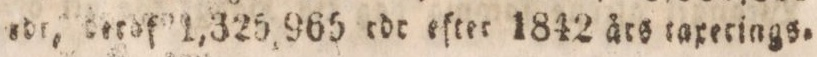
rdr, terof 1,325,965 rdr efter 1842 åts taxetings.